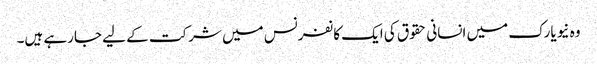
وہ نیویارک میں انسانی حقوق کی ایک کانفرنس میں شرکت کے لیے جارہے ہیں۔